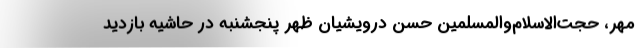
مهر، حجت‌الاسلام‌والمسلمین حسن درویشیان ظهر پنجشنبه در حاشیه بازدید